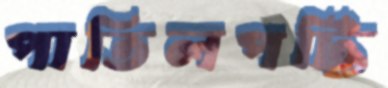
পাতিলপট্টি